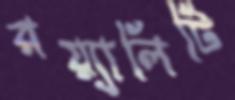
রয়্যালিটি